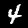
Digit: 4